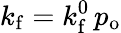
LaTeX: k_{\mathrm{f}}=k_{\mathrm{f}}^{0}\, p_{\mathrm{o}}